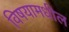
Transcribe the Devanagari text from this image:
विषयामधील